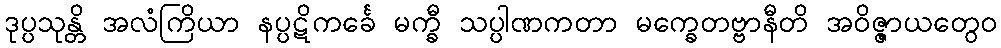
ဒုပ္ပသုန္တိ အလံကြိယာ နပ္ပဋိကင်္ခေ မက္ခီ သပ္ပါဏကတာ မက္ခေတဗ္ဗာနီတိ အဝိဇ္ဇာယတွေဝ